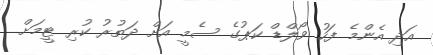
އަދި އެންމެ ފަހު ވޯލްޑް ކަޕުގެ ސެމީ އަށް ދަތުރު ކުރި ޓީމަށް